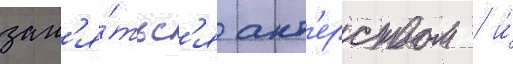
зан'я́тьс'я акт'ерством / и́